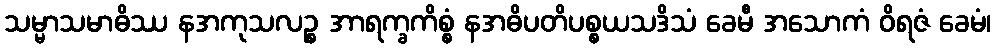
သမ္မာသမာဓိဿ နအကုသလဉ္စ အာရက္ခကိစ္စံ နအဓိပတိပစ္စယသဒိသံ ခေမီ အသောကံ ဝိရဇံ ခေမံ၊